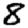
Digit: 8